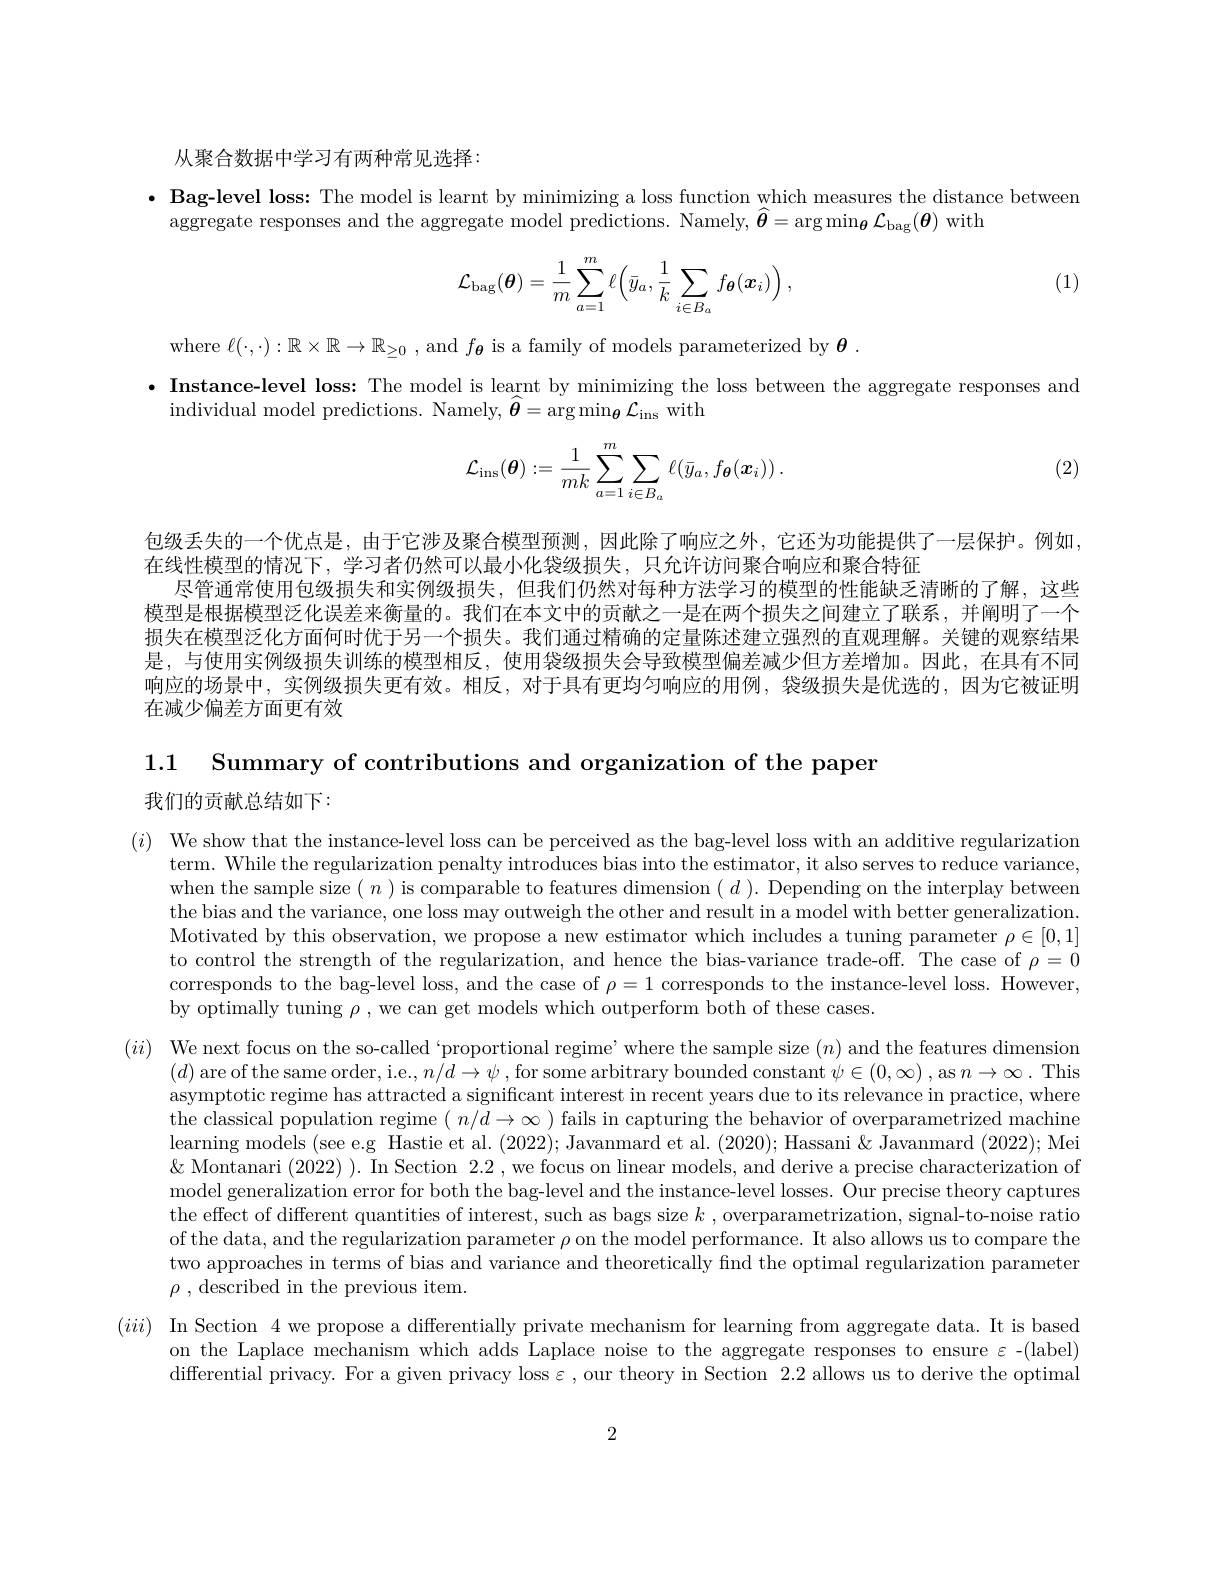
从聚合数据中学习有两种常见选择：

· Bag-level loss: The model is learnt by minimizing a loss function which measures the distance between
aggregate responses and the aggregate model predictions. Namely, $\widehat{\boldsymbol{\theta}}=\arg\min_{\boldsymbol{\theta}}\mathcal{L}_{\mathrm{bag}}(\boldsymbol{\theta})$ with

(1)
$$\mathcal{L}_{\mathrm{bag}}(\boldsymbol{\theta})=\frac{1}{m}\sum_{a=1}^{m}\ell\Big(\bar{y}_{a},\frac{1}{k}\sum_{i\in B_{a}}f_{\boldsymbol{\theta}}(\boldsymbol{x}_{i})\Big)\:,$$
where $\ell(\cdot,\cdot):\mathbb{R}\times\mathbb{R}\to\mathbb{R}_{\geq0}$ , and $f_{\boldsymbol{\theta}}$ is a family of models parameterized by $\boldsymbol{\theta}.$
·Instance-level loss: The model is learnt by minimizing the loss between the aggregate responses and
individual model predictions. Namely, $\widehat{\boldsymbol{\theta}}=\arg\min_{\boldsymbol{\theta}}\mathcal{L}_{\mathrm{ins~with}}$
$$\mathcal{L}_{\mathrm{ins}}(\boldsymbol{\theta}):=\frac{1}{mk}\sum_{a=1}^{m}\sum_{i\in B_{a}}\ell(\bar{y}_{a},f_{\boldsymbol{\theta}}(\boldsymbol{x}_{i}))\:.$$
(2)

包级丢失的一个优点是，由于它涉及聚合模型预测，因此除了响应之外，它还为功能提供了一层保护。例如，
在线性模型的情况下，学习者仍然可以最小化袋级损失，只允许访问聚合响应和聚合特征
尽管通常使用包级损失和实例级损失，但我们仍然对每种方法学习的模型的性能缺乏清晰的了解，这些模型是根据模型泛化误差来衡量的。我们在本文中的贡献之一是在两个损失之间建立了联系，并阐明了一个损失在模型泛化方面何时优于另一个损失。我们通过精确的定量陈述建立强烈的直观理解。关键的观察结果是，与使用实例级损失训练的模型相反，使用袋级损失会导致模型偏差减少但方差增加。因此，在具有不同响应的场景中，实例级损失更有效。相反，对于具有更均匀响应的用例，袋级损失是优选的，因为它被证明在减少偏差方面更有效

1.1 Summary of contributions and organization of the paper

我们的贡献总结如下：

$( i)$ We show that the instance-level loss can be perceived as the bag-level loss with an additive regularization
term. While the regularization penalty introduces bias into the estimator, it also serves to reduce variance, when the sample size $(n)$ is comparable to features dimension $(d).$ Depending on the interplay between the bias and the variance, one loss may outweigh the other and result in a model with better generalization. Motivated by this observation, we propose a new estimator which includes a tuning parameter $\rho\in[0,1]$ to control the strength of the regularization, and hence the bias-variance trade-off. The case of $\rho=0$ corresponds to the bag-level loss, and the case of $\rho=1$ corresponds to the instance-level loss. However, by optimally tuning $\rho$ , we can get models which outperform both of these cases.

$( ii)$ We next focus on the so-called `proportional regime' where the sample size $(n)$ and the features dimension
$(d)$ are of the same order, i.e.$,n/d\to\psi$, for some arbitrary bounded constant $\psi\in(0,\infty)$ , as $n\to\infty.$ This asymptotic regime has attracted a significant interest in recent years due to its relevance in practice, where the classical population regime $(n/d\to\infty)$ fails in capturing the behavior of overparametrized machine learning models (see e.g Hastie et al. (2022); Javanmard et al. (2020); Hassani & Javanmard (2022); Mei $\&$ Montanari (2022)). In Section 2.2, we focus on linear models, and derive a precise characterization of model generalization error for both the bag-level and the instance-level losses. Our precise theory captures the effect of different quantities of interest, such as bags size $k$ , overparametrization, signal-to-noise ratio of the data, and the regularization parameter $\rho$ on the model performance. It also allows us to compare the two approaches in terms of bias and variance and theoretically find the optimal regularization parameter $\rho$ ,described in the previous item.

$(iii)$ In Section 4 we propose a differentially private mechanism for learning from aggregate data. It is based

on the Laplace mechanism which adds Laplace noise to the aggregate responses to ensure $\varepsilon$-(label)

differential privacy. For a given privacy loss $\varepsilon$, our theory in Section 2.2 allows us to derive the optimal

2